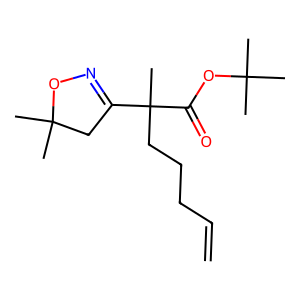
SMILES: C=CCCCC(C)(C(=O)OC(C)(C)C)C1=NOC(C)(C)C1
Inhibits HIV replication: No